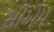
સીએમ